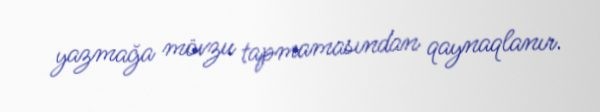
yazmağa mövzu tapmamasından qaynaqlanır.